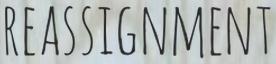
REASSIGNMENT